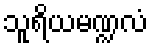
သူရိယမဏ္ဍလံ